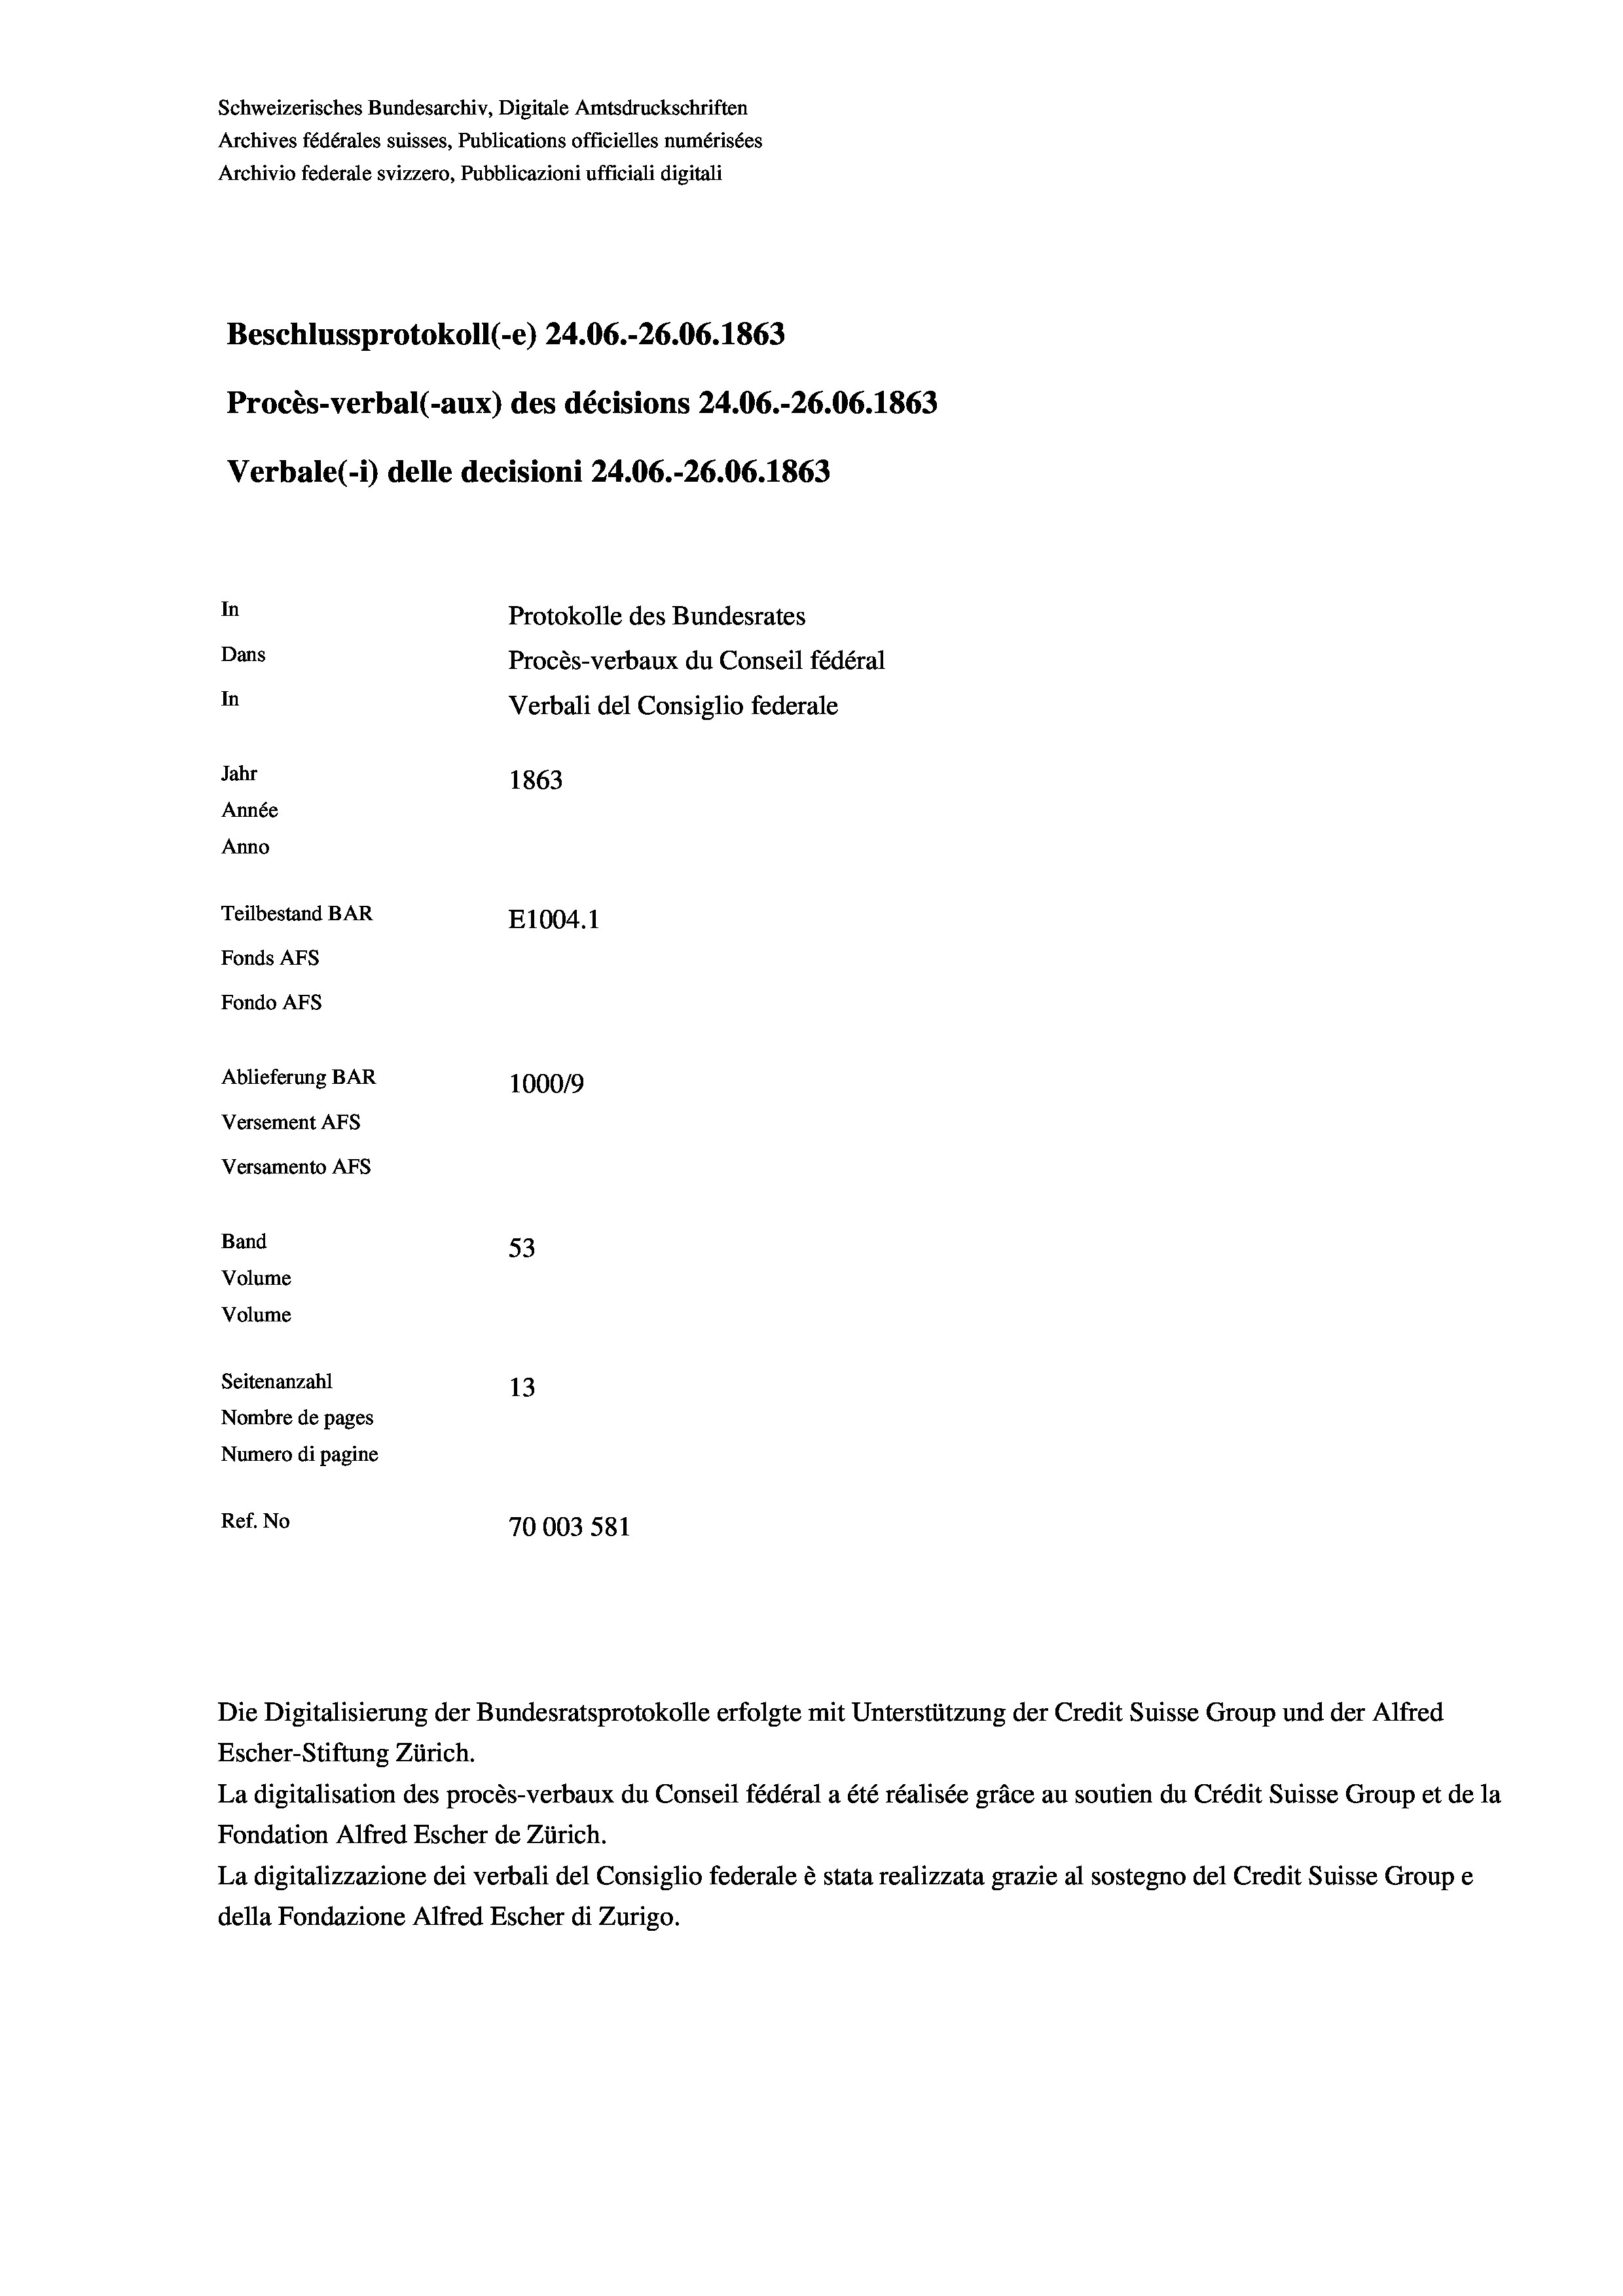
Schweizerisches Bundesarchiv, Digitale Amtsdruckschriften
Archives fédérales suisses, Publications officielles numérisées
Archivio federale svizzero, Pubblicazioni ufficiali digitali
Beschlussprotokoll (-e) 24.06.-26.06. 1863
Procès-verbal (-aux) des décisions 24.06.-26.06. 1863
Verbale (- 1) delle decisioni 24.06.-26.06. 1863
In
Protokolle des Bundesrates
Dans
Procès-verbaux du Conseil fédéral
In
Verbali del Consiglio federale
Jahr
1863
Année
Anno
Teilbestand BAR
E1004. 1
Fonds AFs
Fondo AFS
Ablieferung BAR
100019
Versement AFs
Versamento AFs
Band
53
Volume
Volume
Seitenanzahl
13
Nombre de pages
Numero di pagine
Ref. No
70003 581

Die Digitalisierung der Bundesratsprotokolle erfolgte mit Unterstützung der Credit Suisse Group und der Alfred

Escher-Stiftung Zürich.
La digitalisation des procès-verbaux du Conseil fédéral a été réalisée gräce au soutien du Crédit Suisse Group et de la
Fondation Alfred Escher de Zürich.
La digitalizzazione dei verbali del Consiglio federale è stata realizzata grazie al sostegno del Credit Suisse Groupe
della Fondazione Alfred Escher di Zurigo.